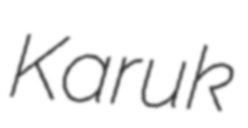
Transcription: Karuk